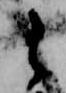
之